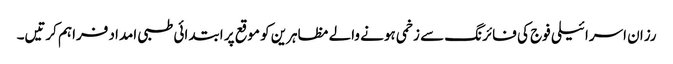
رزان اسرائیلی فوج کی فائرنگ سے زخمی ہونے والے مظاہرین کو موقع پر ابتدائی طبی امداد فراہم کرتیں۔